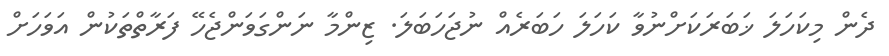
ދެން މިކަހަލަ ޚަބަރަކަށްނުވާ ކަހަލަ ހަބަރެއް ނުޖަހަބަލަ. ޒިންމާ ނަންގަވަންޖެހޭ ފަރާތްތަކުން އަވަހަށް